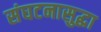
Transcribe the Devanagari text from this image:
संघटनासुद्धा